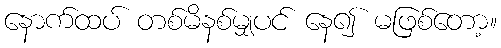
နောက်ထပ် တစ်မိနစ်မျှပင် နေ၍ မဖြစ်တော့။